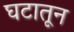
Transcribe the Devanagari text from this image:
घटातून